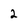
Character: 2